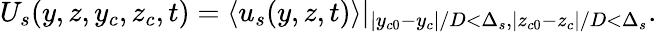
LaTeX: U_{s}(y,z,y_{c},z_{c},t)=\langle u_{s}(y,z,t)\rangle|_{|y_{c0}-y_{c}|/D<\Delta_{s},|z_{c0}-z_{c}|/D<\Delta_{s}}.